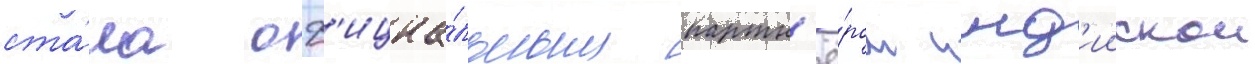
ста́ла оф'ициа́льным партн'ё́ром инд'иискои